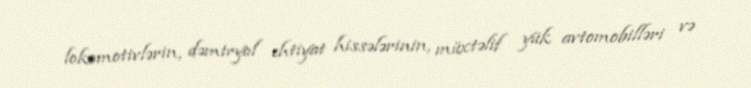
lokomotivlərin, dəmiryol ehtiyat hissələrinin, müxtəlif yük avtomobilləri və